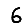
Digit: 6